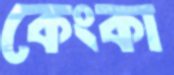
কেংকা